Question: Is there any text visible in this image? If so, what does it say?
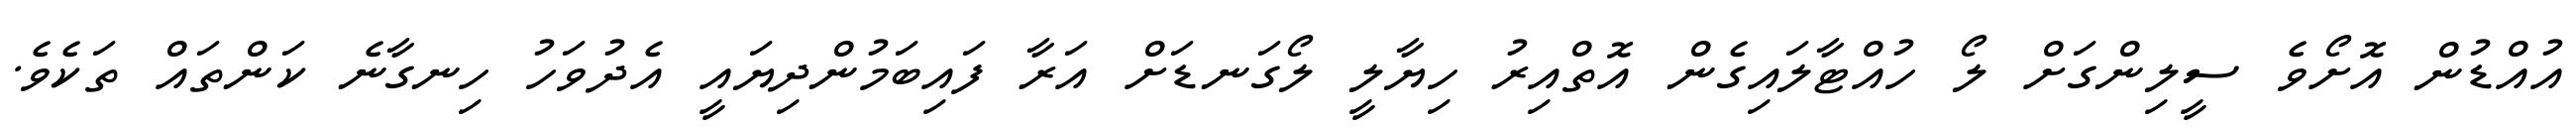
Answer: އުއްޑުން އޮށޯވެ ސީލިންގަށް ލޯ ހުއްޓާލައިގެން އޮތްއިރު ހިޔާލީ ލޯގަނޑަށް އަރާ ފައިބަމުންދިޔައީ އެދުވަހު ހިނގާނެ ކަންތައް ތަކެވެ.